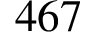
4 6 7